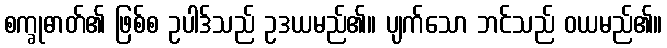
စက္ခုဓာတ်၏ ဖြစ်စ ဥပါဒ်သည် ဥဒယမည်၏။ ပျက်သော ဘင်သည် ဝယမည်၏။